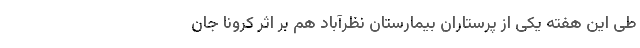
طی این هفته یکی از پرستاران بیمارستان نظرآباد هم بر اثر کرونا جان